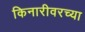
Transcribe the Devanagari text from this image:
किनारीवरच्या